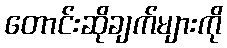
တောင်းဆိုချက်များကို